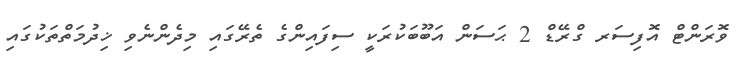
ވޮރަންޓް އޮފިސަރ ގްރޭޑް 2 ޙަސަން އަބޫބަކުރަކީ ސިފައިންގެ ތެރޭގައި މިދެންނެވި ޚިދުމަތްތަކުގައި